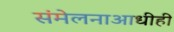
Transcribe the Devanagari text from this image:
संमेलनाआधीही